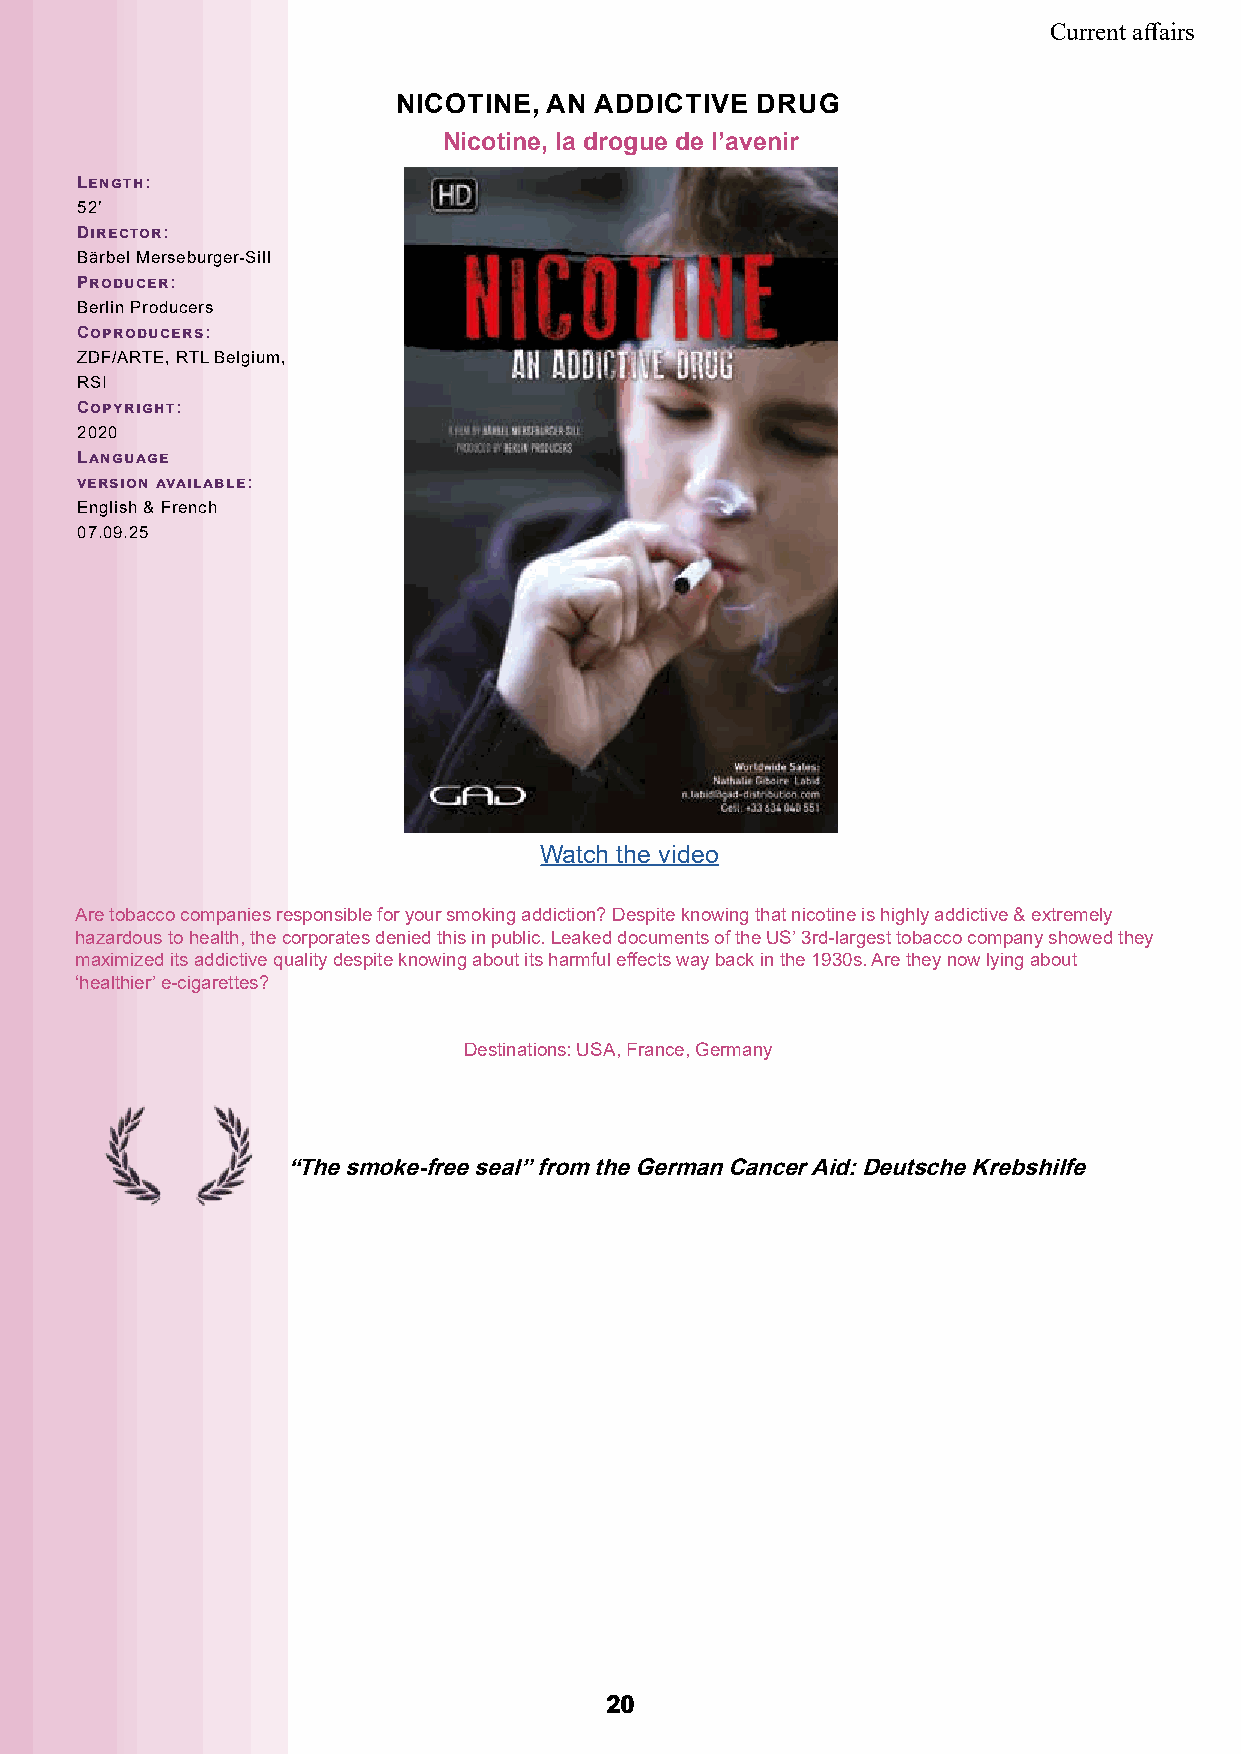
Current affairs
 NICOTINE, AN ADDICTIVE  DRUG
 Nicotine, la drogue de l’avenir
 Length:
 52’
 Director:
 Bärbel Merseburger-Sill
 Producer:
 Berlin Producers
 Coproducers:
 ZDF/ARTE, RTL Belgium,
 RSI
 Copyright:
 2020
 Language
 version available:
 English & French
 07.09.25
 Watch the video
 Are tobacco companies responsible for your smoking addiction? Despite knowing that nicotine is highly addictive & extremely
 hazardous to health, the corporates denied this in public. Leaked documents of the US’ 3rd-largest tobacco company showed they
 maximized its addictive quality despite knowing about its harmful effects way back in the 1930s. Are they now lying about
 ‘healthier’ e-cigarettes?
 Destinations: USA, France, Germany
 “The smoke-free seal” from the German Cancer Aid: Deutsche Krebshilfe
 2200